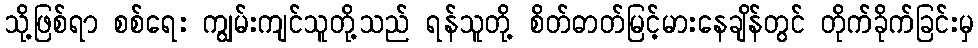
သို့ဖြစ်ရာ စစ်ရေး ကျွမ်းကျင်သူတို့သည် ရန်သူတို့ စိတ်ဓာတ်မြင့်မားနေချိန်တွင် တိုက်ခိုက်ခြင်းမှ